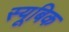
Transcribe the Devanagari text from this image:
स्यूबिक